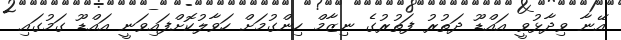
އޭނާ ވިދާޅުވީ އައްޑޫ ދަތުރު ފަތުރުގެ ނިޒާމް ހިންގުމަށް ހަވާލުކޮށްފައިވަނީ އައްޑޫ ގަމުގައި